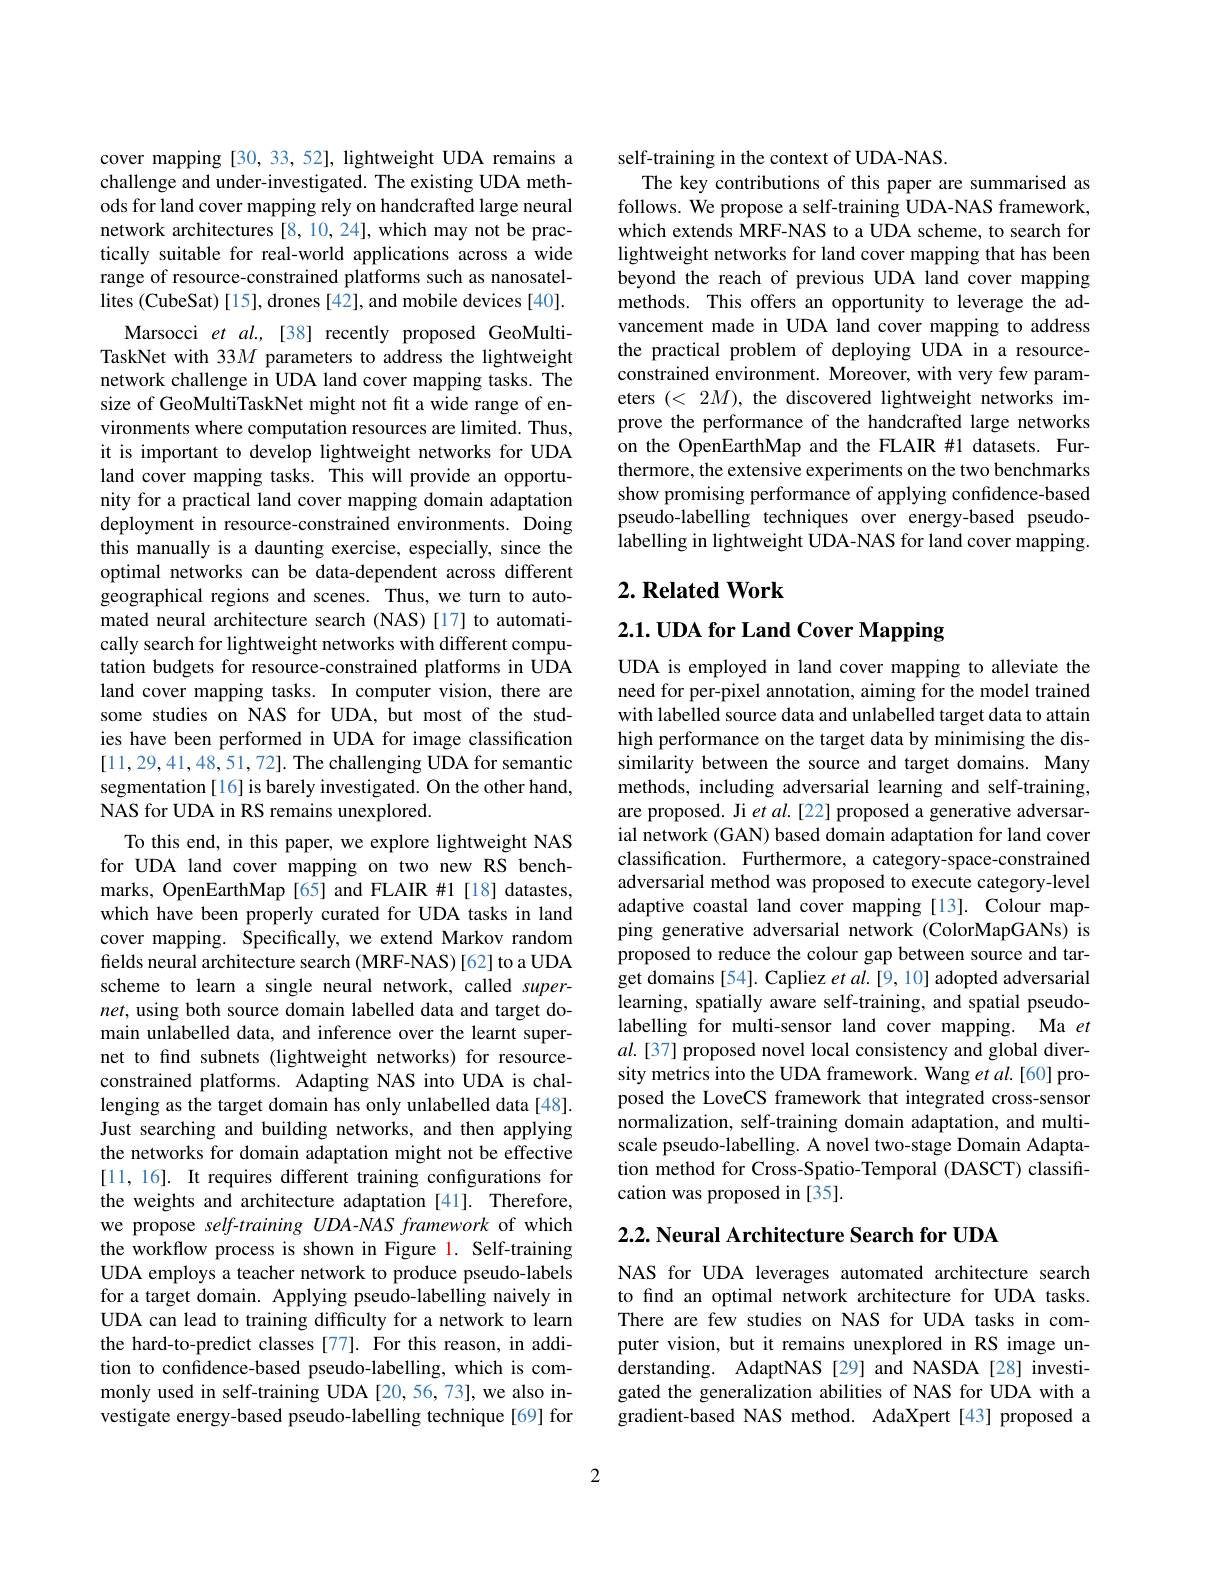
cover mapping [30, 33, 52], lightweight UDA remains a challenge and under-investigated. The existing UDA methods for land cover mapping rely on handcrafted large neural network architectures [8,10,24], which may not be practically suitable for real-world applications across a wide range of resource-constrained platforms such as nanosatellites (CubeSat)[15], drones [42], and mobile devices [40].
Marsocci et $al.$, [38] recently proposed GeoMultiTaskNet with 33$M$ parameters to address the lightweight network challenge in UDA land cover mapping tasks. The size of GeoMultiTaskNet might not fit a wide range of environments where computation resources are limited. Thus, it is important to develop lightweight networks for UDA land cover mapping tasks. This will provide an opportunity for a practical land cover mapping domain adaptation deployment in resource-constrained environments. Doing this manually is a daunting exercise, especially, since the optimal networks can be data-dependent across different geographical regions and scenes. Thus, we turn to automated neural architecture search (NAS) [17] to automatically search for lightweight networks with different computation budgets for resource-constrained platforms in UDA land cover mapping tasks. In computer vision, there are some studies on NAS for UDA, but most of the studies have been performed in UDA for image classification [11,29,41,48,51,72]. The challenging UDA for semantic segmentation [16] is barely investigated. On the other hand, NAS for UDA in RS remains unexplored.
To this end, in this paper, we explore lightweight NAS for UDA land cover mapping on two new RS bench-

marks, OpenEarthMap[65] and FLAIR #1[18] datastes, which have been properly curated for UDA tasks in land cover mapping. Specifically, we extend Markov random fields neural architecture search (MRF-NAS) [62] to a UDA scheme to learn a single neural network, called super- $net$, using both source domain labelled data and target domain unlabelled data, and inference over the learnt supernet to find subnets (lightweight networks) for resourceconstrained platforms. Adapting NAS into UDA is challenging as the target domain has only unlabelled data[48]. Just searching and building networks, and then applying the networks for domain adaptation might not be effective [11, 16]. It requires different training confgurations for the weights and architecture adaptation [41]. Therefore, we propose self-training UDA-NAS framework of which the workflow process is shown in Figure 1. Self-training UDA employs a teacher network to produce pseudo-labels for a target domain. Applying pseudo-labelling naively in UDA can lead to training difficulty for a network to learn the hard-to-predict classes [77]. For this reason, in addition to confidence-based pseudo-labelling, which is commonly used in self-training UDA [20,56,73],we also investigate energy-based pseudo-labelling technique [69] for

self-training in the context of UDA-NAS.
The key contributions of this paper are summarised as follows. We propose a self-training UDA-NAS framework, which extends MRF-NAS to a UDA scheme, to search for lightweight networks for land cover mapping that has been beyond the reach of previous UDA land cover mapping methods. This offers an opportunity to leverage the advancement made in UDA land cover mapping to address the practical problem of deploying UDA in a resourceconstrained environment. Moreover, with very few parameters $(<2M)$, the discovered lightweight networks improve the performance of the handcrafted large networks on the OpenEarthMap and the FLAIR #1 datasets. Furthermore, the extensive experiments on the two benchmarks show promising performance of applying confidence-based pseudo-labelling techniques over energy-based pseudolabelling in lightweight UDA-NAS for land cover mapping.

## $2. \textbf{Related Work}$

$2. 1. \textbf{UDA for Land Cover Mapping}$

UDA is employed in land cover mapping to alleviate the need for per-pixel annotation, aiming for the model trained with labelled source data and unlabelled target data to attain high performance on the target data by minimising the dissimilarity between the source and target domains. Many methods, including adversarial learning and self-training, are proposed. Ji $etal.[22]$ proposed a generative adversarial network (GAN) based domain adaptation for land cover classification. Furthermore, a category-space-constrained adversarial method was proposed to execute category-level adaptive coastal land cover mapping [13]. Colour mapping generative adversarial network (ColorMapGANs) is proposed to reduce the colour gap between source and target domains [54]. Capliez et $al.[9,10]$ adopted adversarial learning, spatially aware self-training, and spatial pseudolabelling for multi-sensor land cover mapping. Ma $et$ $al.[37]$ proposed novel local consistency and global diversity metrics into the UDA framework. Wang et al.[60] proposed the LoveCS framework that integrated cross-sensor normalization, self-training domain adaptation, and multiscale pseudo-labelling. A novel two-stage Domain Adaptation method for Cross-Spatio-Temporal (DASCT) classification was proposed in [35].

## $2. 2. \textbf{ Neural Architecture Search for UDA}$

NAS for UDA leverages automated architecture search to find an optimal network architecture for UDA tasks. There are few studies on NAS for UDA tasks in computer vision, but it remains unexplored in RS image understanding. AdaptNAS [29] and NASDA[28] investigated the generalization abilities of NAS for UDA with a gradient-based NAS method. AdaXpert [43] proposed a

2